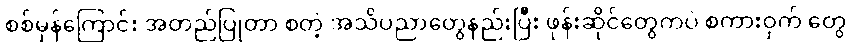
စစ်မှန်ကြောင်း အတည်ပြုတာ စတဲ့ အသိပညာတွေနည်းပြီး ဖုန်းဆိုင်တွေကပဲ စကားဝှက် တွေ